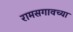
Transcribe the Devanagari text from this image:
रामसगावच्या